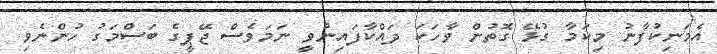
އެމަނިކުފާނު މިކަމާ ގުޅޭ ގޮތުން ވާހަކަ ދައްކާފައިނުވީ ނަމަވެސް ޖޭޕީގެ ބަސްމަގު ހުންނެވި